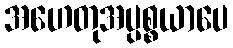
အဟေတုအပ္ပစ္စယာပေ